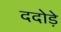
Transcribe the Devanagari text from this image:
ददोड़े